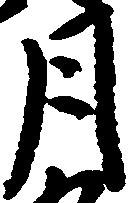
月